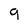
Character: 9